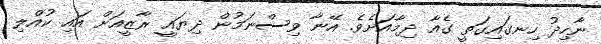
ނާހިދު ހިނގައިގަތީ ގެއާ ދިމާއަށެވެ. އޭނާ ވިސްނަމުން ދިޔައީ ރާޒީއަށް އައި ކުއްލި